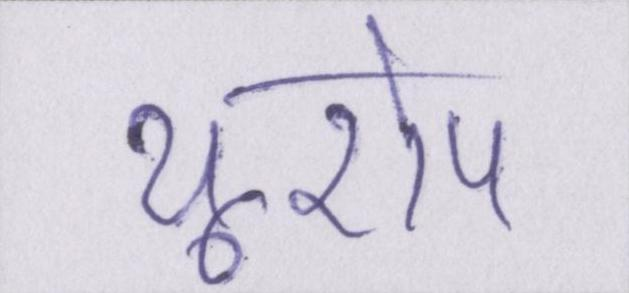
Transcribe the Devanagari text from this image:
यूरोप